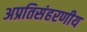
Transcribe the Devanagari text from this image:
अप्रतिसंहरणीय